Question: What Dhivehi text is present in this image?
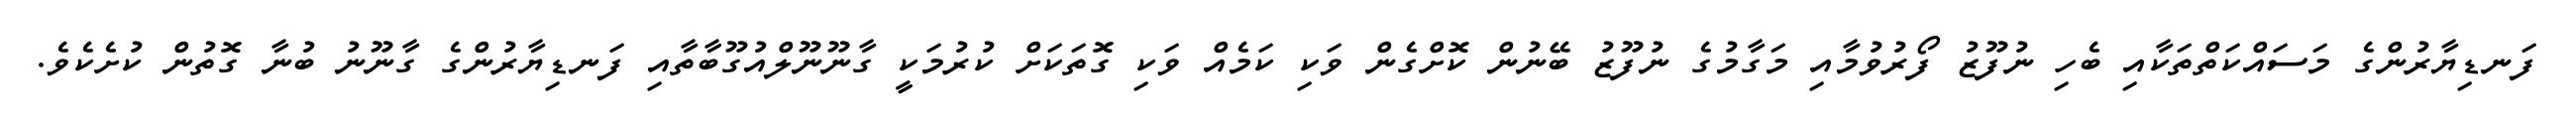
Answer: ފަނޑިޔާރުންގެ މަސައްކަތްތަކާއި ބެހި ނުފޫޒު ފޯރުވުމާއި މަގާމުގެ ނުފޫޒު ބޭނުން ކޮށްގެން ވަކި ކަމެއް ވަކި ގޮތަކަށް ކުރުމަކީ ގާނޫނޫލްއުގޫބާތާއި ފަނޑިޔާރުންގެ ގާނޫނު ބުނާ ގޮތުން ކުށެކެވެ.